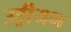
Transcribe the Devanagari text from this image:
उड्डीयन